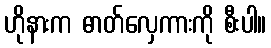
ဟိုနားက ဓာတ်လှေကားကို စီးပါ။